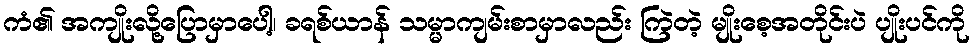
ကံ၏ အကျိုးလို့ပြောမှာပေါ့၊ ခရစ်ယာန် သမ္မာကျမ်းစာမှာလည်း ကြဲတဲ့ မျိုးစေ့အတိုင်းပဲ ပျိုးပင်ကို